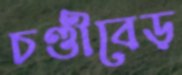
চণ্ডীবেড়